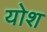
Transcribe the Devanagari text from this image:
योश